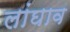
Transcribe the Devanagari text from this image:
लांघाव